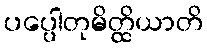
ပပ္ပေါတုမိတ္ထိယာတိ